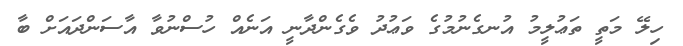
ހިލޭ މަތީ ތަޢުލީމު އުނގެނުމުގެ ވަޢުދު ވެގެންދާނީ އަނެއް ހުސްނުވާ އާސަންދައަށް ބާ